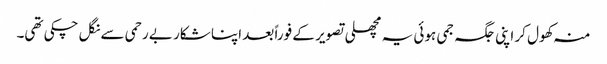
منہ کھول کر اپنی جگہ جمی ہوئی یہ مچھلی تصویر کے فوراً بعد اپنا شکار بے رحمی سے نگل چکی تھی۔